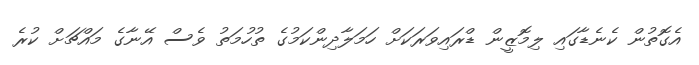
އެގޮތުން ކެނެޑާގައި ލިމޮޒީން ޑްރައިވަރަކަށް ހަމަލާދިންކަމުގެ ތުހުމަތު ވެސް އޭނާގެ މައްޗަށް ކުރެ